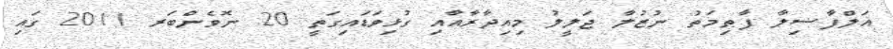
އަލްފާޟިލާ ފާޠިމަތު ނުޒުލާ ޖަލީލު މިއިދާރާއާއި ގުޅިވަޑައިގަތީ 20 ނޮވެންބަރ 2011 ގައި